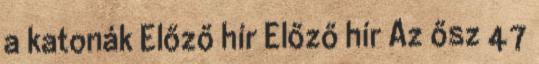
a katonák Előző hír Előző hír Az ősz 47